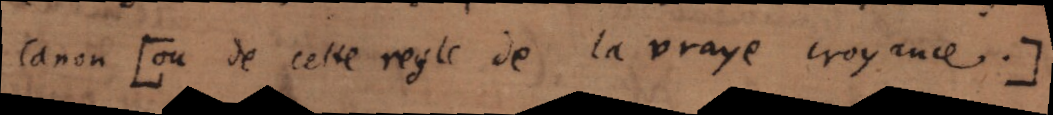
canon [ou de cette regle de la vraye croyance .]